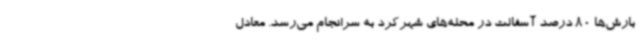
بارش‌ها 80 درصد آسفالت در محله‌های شهرکرد به سرانجام می‌رسد. معادل